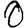
Digit: 0